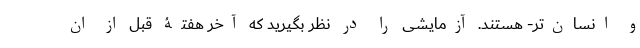
و انسان‌تر- هستند. آزمایشی را در نظر بگیرید که آخر هفتۀ قبل از ان